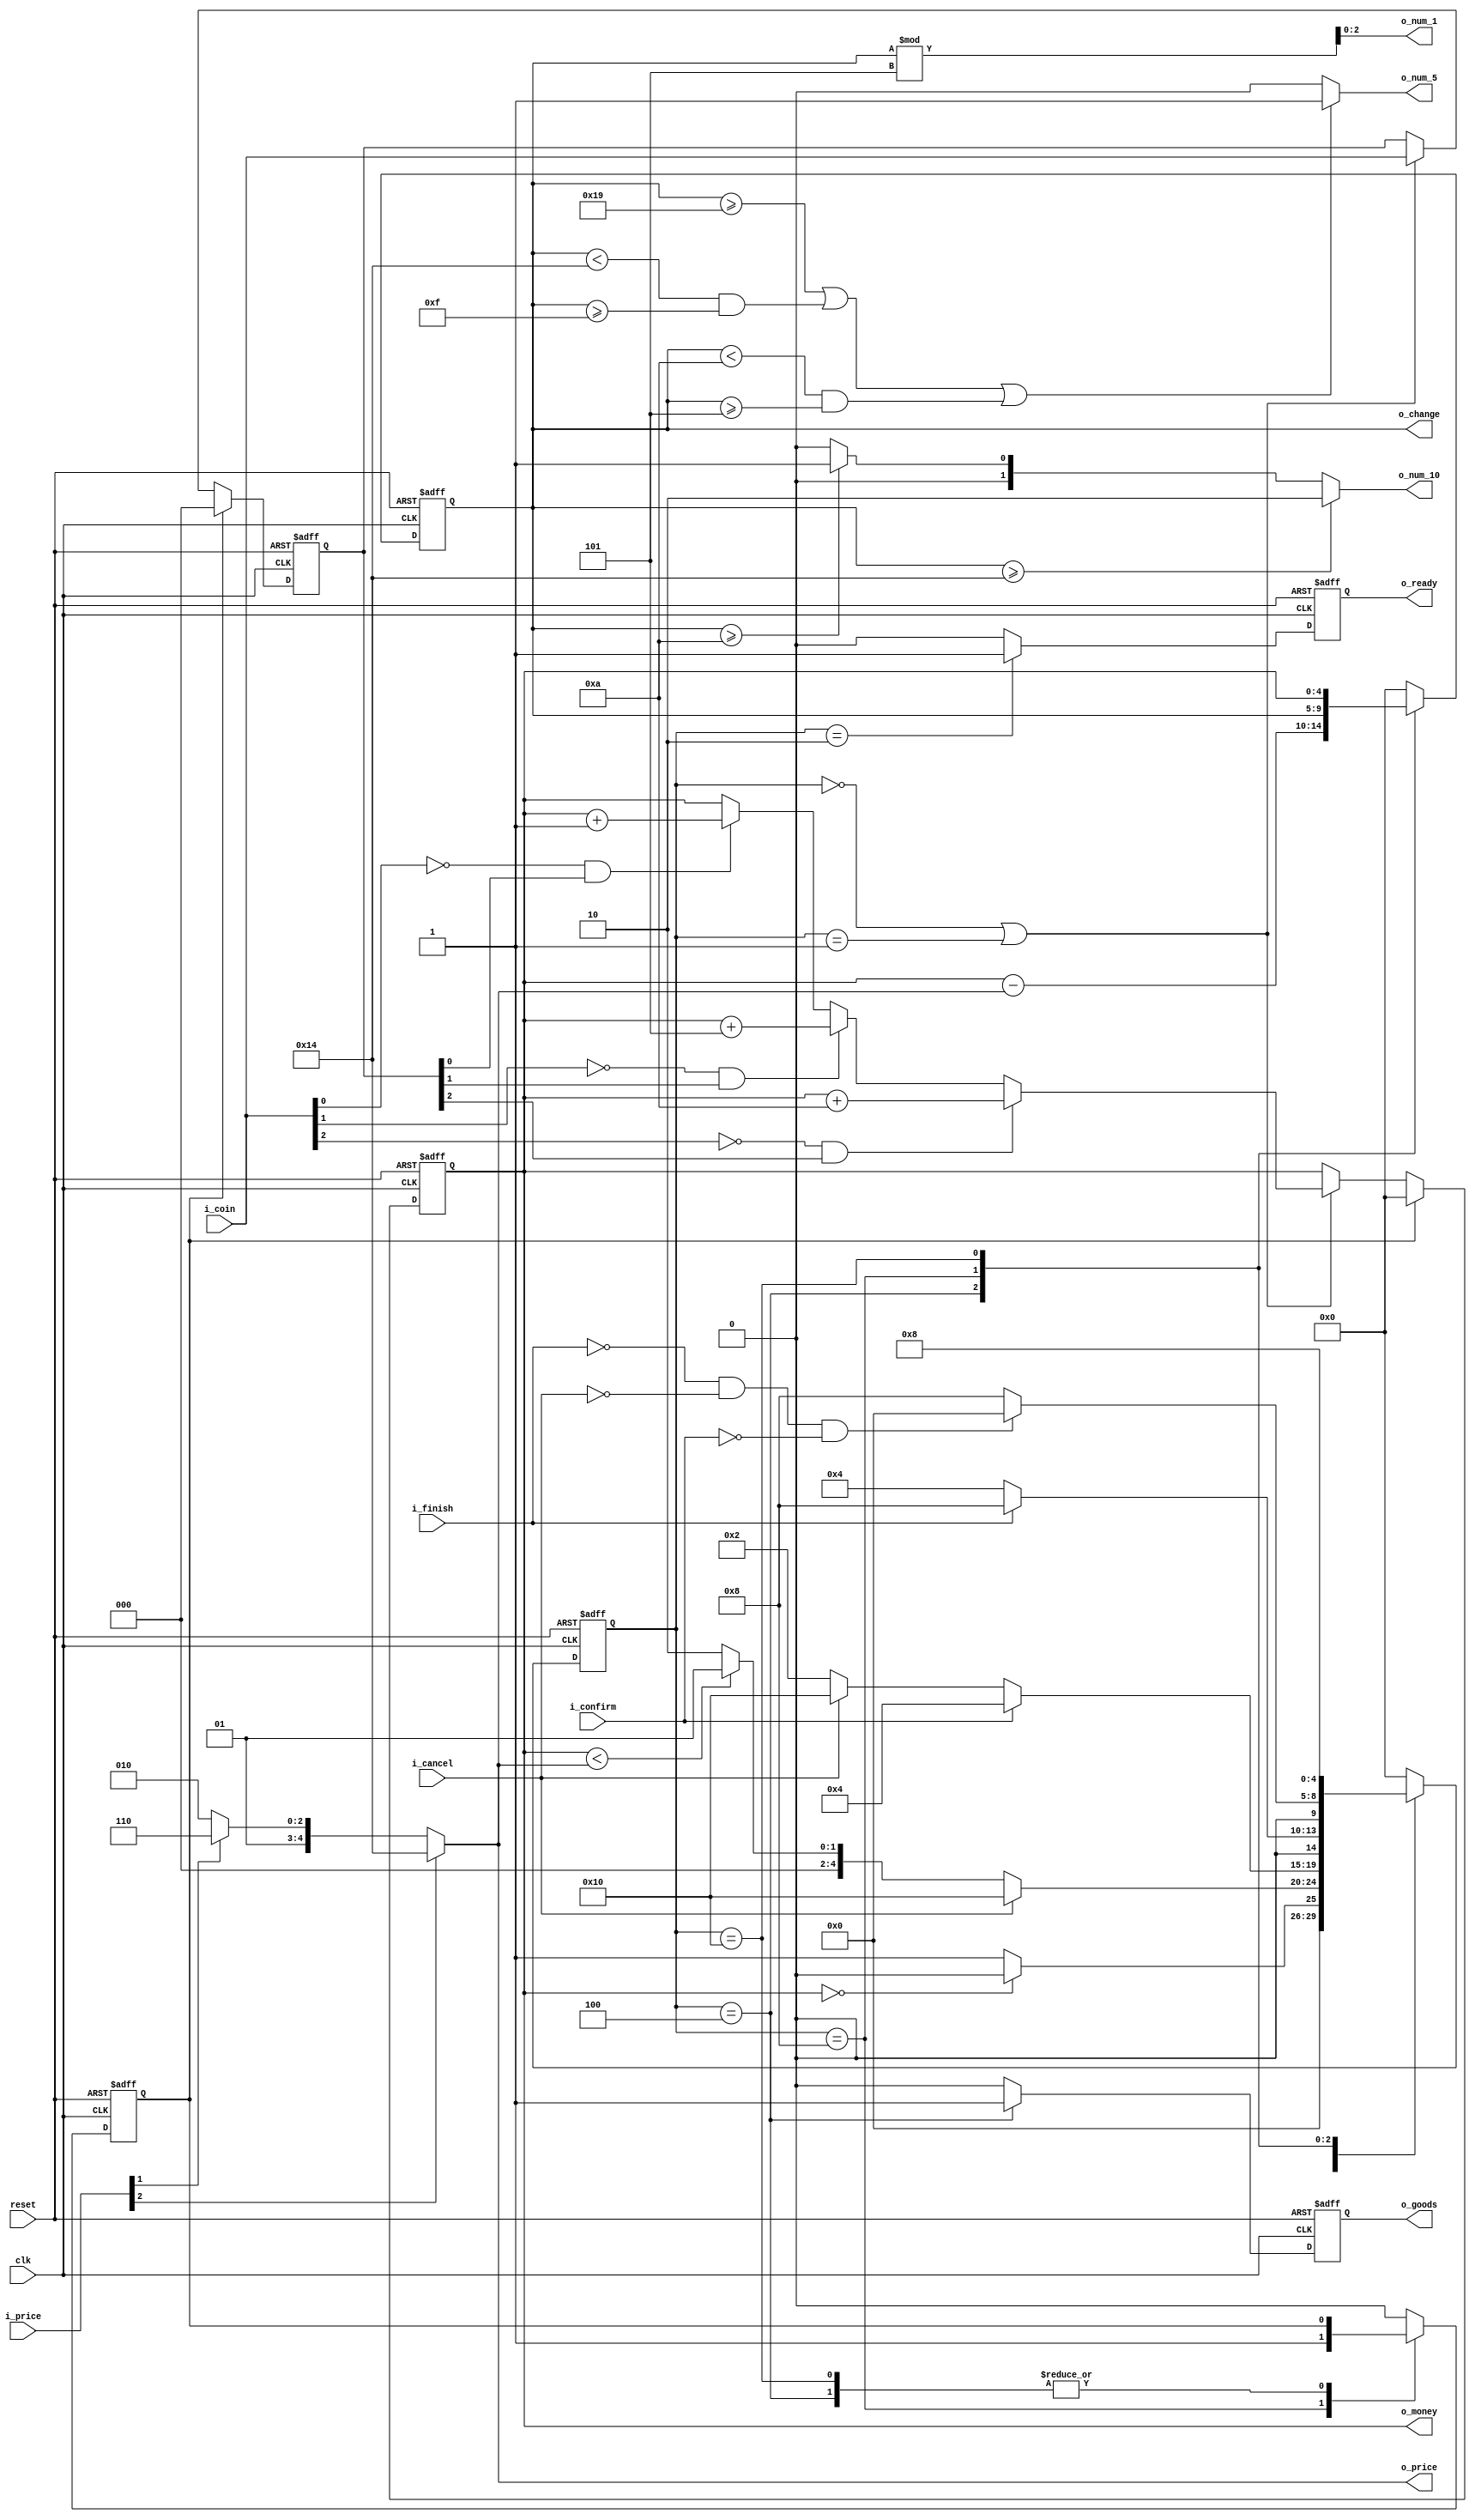
module vendingMachine(
	input clk,
	input reset,
	input i_cancel,
	input i_confirm,
	input i_finish,
	input [2:0] i_coin,
	input [2:0] i_price,

	output [1:0] o_num_10,  //
	output o_num_5,         //501
	output [2:0] o_num_1,   //0~41
	output [4:0] o_price,
	output [4:0] o_change, //
	output [4:0] o_money, //
	output reg o_ready,      //
	output reg o_goods       //
);
reg [4:0]change;
assign o_change = change;
assign o_num_10 =   (change>=20)? 2:
                    (change>=10)? 1:
                    0;
assign o_num_5 =    ((change>=25)||(change<20&&change>=15)||(change<10&&change>=5))? 1:0;
assign o_num_1 =    change%5;

wire [4:0] price = i_price[2]?5'd20:i_price[1]?5'd14:5'd10;
assign o_price = price;
reg [4:0] money;
assign o_money = money;
parameter S0=5'b00000; //idle 
parameter S1=5'b00001; // 
parameter S2=5'b00010; // 
parameter S3=5'b00100; // 
parameter S4=5'b01000; // 
parameter S5=5'b10000; // 

reg [4:0] curr_s;
reg [4:0] next_s;

reg money_clr;
reg [2:0]last_coin;
//
always @(posedge clk or  posedge reset)
begin
    if(reset) begin
        money <= 5'd0;
		last_coin <= 3'b000;
	end
    else if(money_clr) begin
        money <= 5'd0;
		last_coin <= 3'b000;
    end
    else begin
        if((curr_s == S0)||(curr_s == S1))
        begin
            last_coin <= i_coin;
            if((!i_coin[0])&last_coin[0]) begin	//1
                money <= money + 5'd1;
            end 
            if((!i_coin[1])&last_coin[1]) begin	//5
                money <= money + 5'd5;
            end 
            if((!i_coin[2])&last_coin[2]) begin	//1
                money <= money + 5'd10;
            end 
        end
	end
end

/******************************/
/******************************/
always @(posedge clk or  posedge reset)
begin
    if(reset)
        curr_s <= S0;
    else
        curr_s <= next_s;    
end

/******************************/
always @(*)
begin
next_s = 'dx;
case(curr_s)
    S0: if(money == 0)          next_s = S0;    //  
        else                    next_s = S1;
    S1: if(i_cancel == 1)       next_s = S5;    // 
        else if(money < price)  next_s = S1;    //
        else                    next_s = S2;    //
    S2: if(i_confirm == 1)      next_s = S3;    //
        else if (i_cancel == 1) next_s = S5;    //
        else                    next_s = S2; 
    S3: if(i_finish == 1)       next_s = S4;    //
        else                    next_s = S3; 
    S4: if((!i_finish)&(!i_cancel)&(!i_confirm))                            next_s = S0;    
        else                    next_s = S4;
    S5:                         next_s = S4;    //cancel 
    default:    next_s = S0;
endcase
end

/******************************/
always @(posedge clk or  posedge reset)
begin
    if(reset)
    begin
        money_clr = 0;
        change <= 0;
        o_goods <= 0;
        o_ready <= 0; 
    end     
    else
    case(curr_s)
        S0:
        begin
            change <= 5'd0; 
            o_goods <= 0; 
            o_ready <= 0; 
            money_clr <= 0;
        end
        S1: 
        begin
			change <= 5'd0;
			o_goods <= 0;
			o_ready <= 0;
            money_clr <= 0;
        end
        S2:               
        begin             
            change <= 5'd0;
			o_goods <= 0;
			o_ready <= 1;	//
            money_clr <= 0;
        end
        S3:               
        begin             
            change <= money - price;  //
			o_goods <= 1;	//
			o_ready <= 0;
        end
        S4:               
        begin             
            // change <= money - price;
			o_goods <= 0;	//
			o_ready <= 0;
            money_clr <= 1;
        end
        S5:               
        begin             
            change <= money;  //
			o_goods <= 0;
			o_ready <= 0;
            // money_clr <= 0;
        end
        default :
        begin 
            change <= 5'd0; 
			o_goods <= 0;
			o_ready <= 0; 
            money_clr <= 0;
		end
    endcase
end              
endmodule